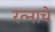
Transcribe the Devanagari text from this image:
रत्नाचे